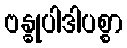
ဗန္ဓုပါဒါပစ္စာ